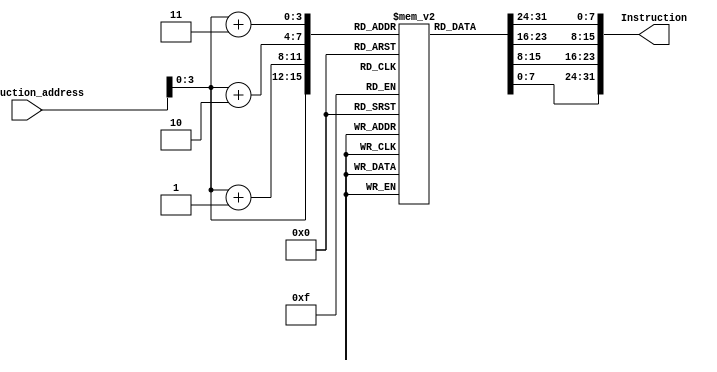
module Instruction_memory(
input [63:0] Instruction_address,
output reg[31:0] Instruction
 );
reg [7:0] memory [15:0];
integer seed, i,j;
initial begin
	
	memory[0] = 8'b10000011;
  memory[1] = 8'b00110100;
  memory[2] = 8'b10000101;
  memory[3] = 8'b00000010;
  memory[4] = 8'b10110011;
  memory[5] = 8'b10000100;
  memory[6] = 8'b10011010;
  memory[7] = 8'b00000000;
  memory[8] = 8'b10010011;
  memory[9] = 8'b10000100;
  memory[10] = 8'b00010100;
  memory[11] = 8'b00000000;
  memory[12] = 8'b00100011;
  memory[13] = 8'b00110100;
  memory[14] = 8'b10010101;
  memory[15] = 8'b00000010;
  

end


always @(Instruction_address)
begin
	Instruction[7:0] = memory[Instruction_address];
	Instruction[15: 8] = memory[Instruction_address +1];
	Instruction[23:16] = memory[Instruction_address+2];
	Instruction[31:24] = memory[Instruction_address+3];
end




endmodule